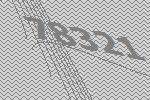
78321